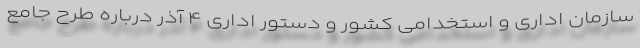
سازمان اداری و استخدامی کشور و دستور اداری ۴ آذر درباره طرح جامع